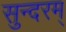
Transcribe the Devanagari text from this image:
सुन्‍दरम्